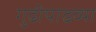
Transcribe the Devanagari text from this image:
गुढीपाढव्या